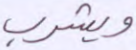
ويشرب